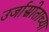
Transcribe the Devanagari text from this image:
उर्जास्रोताच्या